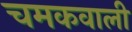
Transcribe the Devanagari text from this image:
चमकवाली